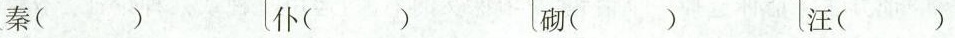
秦( ) 仆( ) 砌( ) 汪( )